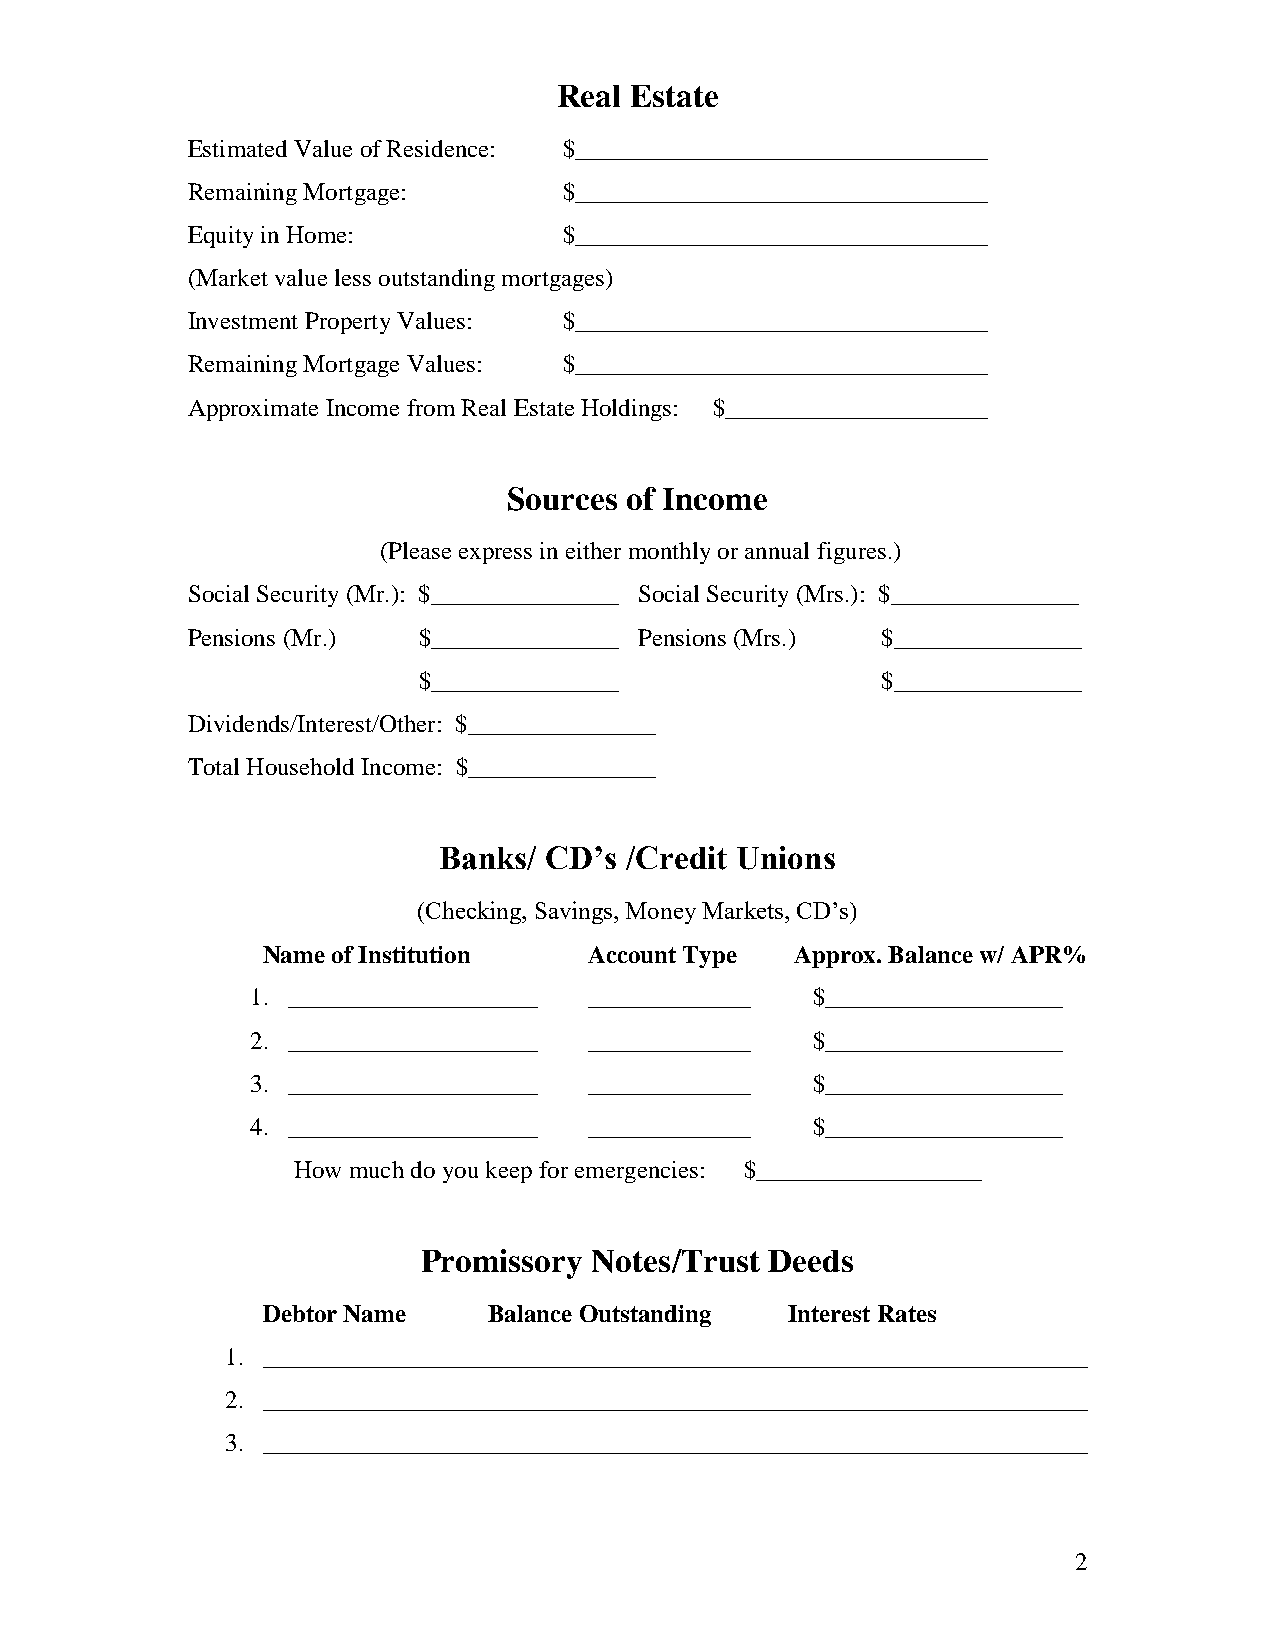
Real Estate
 Estimated Value of Residence: $_________________________________
 Remaining Mortgage:      $_________________________________
 Equity in Home:          $_________________________________
 (Market value less outstanding mortgages)
 Investment Property Values: $_________________________________
 Remaining Mortgage Values: $_________________________________
 Approximate Income from Real Estate Holdings: $_____________________
 Sources of Income
 (Please express in either monthly or annual figures.)
 Social Security (Mr.): $_______________ Social Security (Mrs.): $_______________
 Pensions (Mr.)  $_______________ Pensions (Mrs.) $_______________
 $_______________              $_______________
 Dividends/Interest/Other: $_______________
 Total Household Income: $_______________
 Banks/ CD’s /Credit Unions
 (Checking, Savings, Money Markets, CD’s)
 Name of Institution   Account Type  Approx. Balance w/ APR%
 1. ____________________ _____________ $___________________
 2. ____________________ _____________ $___________________
 3. ____________________ _____________ $___________________
 4. ____________________ _____________ $___________________
 How much do you keep for emergencies: $__________________
 Promissory Notes/Trust Deeds
 Debtor Name    Balance Outstanding Interest Rates
 1. __________________________________________________________________
 2. __________________________________________________________________
 3. __________________________________________________________________
 2